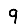
Digit: 9